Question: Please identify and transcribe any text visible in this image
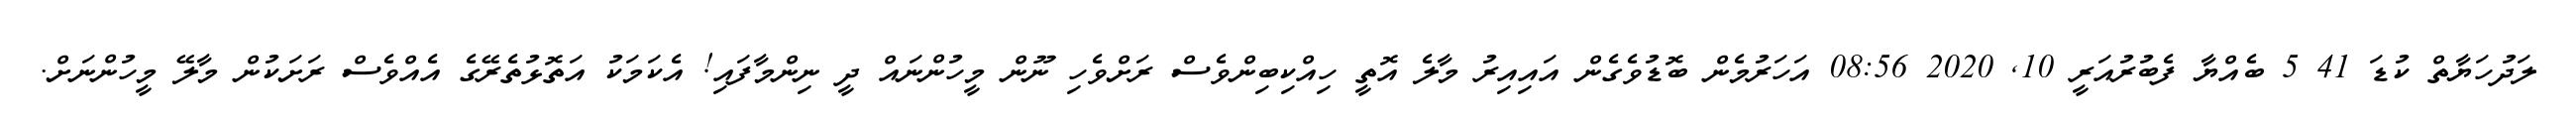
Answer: ލަދުހަޔާތް ކުޑަ 41 5 ބެއްޔާ ފެބުރުއަރީ 10, 2020 08:56 އަހަރުމެން ބޮޑުވެގެން އައިއިރު މާލެ އޮތީ ހިއްކިބިންވެސް ރަށްވެހި ނޫން މީހުންނައް ދީ ނިންމާފައި! އެކަމަކު އަތޮޅުތެރޭގެ އެއްވެސް ރަށަކުން މާލޭ މީހުންނަށް.